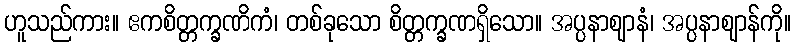
ဟူသည်ကား။ ဧကစိတ္တက္ခဏိကံ၊ တစ်ခုသော စိတ္တက္ခဏရှိသော။ အပ္ပနာဈာနံ၊ အပ္ပနာဈာန်ကို။